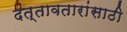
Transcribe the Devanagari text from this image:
दत्तावतारांसाठी